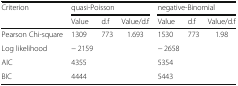
<table><thead><tr><td rowspan="2"><b>Criterion</b></td><td colspan="3"><b>quasi-Poisson</b></td><td colspan="3"><b>negative-Binomial</b></td></tr><tr><td><b>Value</b></td><td><b>d.f</b></td><td><b>Value/d.f</b></td><td><b>Value</b></td><td><b>d.f</b></td><td><b>Value/d.f</b></td></tr></thead><tbody><tr><td>Pearson Chi-square</td><td>1309</td><td>773</td><td>1.693</td><td>1530</td><td>773</td><td>1.98</td></tr><tr><td>Log likelihood</td><td>− 2159</td><td></td><td></td><td>− 2658</td><td></td><td></td></tr><tr><td>AIC</td><td>4355</td><td></td><td></td><td>5354</td><td></td><td></td></tr><tr><td>BIC</td><td>4444</td><td></td><td></td><td>5443</td><td></td><td></td></tr></tbody></table>